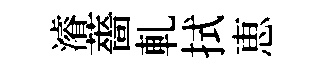
濬薔軋拭恵